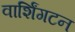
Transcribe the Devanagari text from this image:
वार्शिंगटन